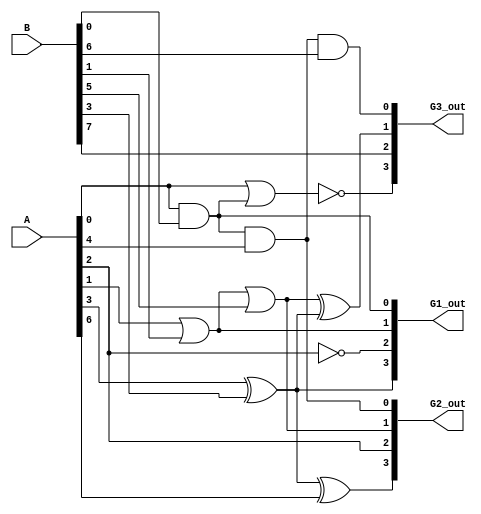
module overlapping_groups (
    input  wire [7:0]  A,  // Input vector
    input  wire [7:0]  B,  // Shared input vector
    output wire [3:0]  G1_out, // Output from Group 1
    output wire [3:0]  G2_out, // Output from Group 2
    output wire [3:0]  G3_out  // Output from Group 3
);

// Group 1 Logic: Simple AND and OR operations
wire [3:0] G1_input; 
assign G1_input[0] = A[0] & B[0];  // AND between A[0] and B[0]
assign G1_input[1] = A[1] | B[1];  // OR between A[1] and B[1]
assign G1_input[2] = ~A[2];         // NOT operation on A[2]
assign G1_input[3] = A[3] ^ B[3];  // XOR between A[3] and B[3]

assign G1_out = G1_input;

// Group 2 Logic: Logic operations using Group 1 output and additional inputs
wire [3:0] G2_input; 
assign G2_input[0] = G1_out[0] & A[4];  // AND between G1_out[0] and A[4]
assign G2_input[1] = G1_out[1] | B[5];  // OR between G1_out[1] and B[5]
assign G2_input[2] = ~G1_out[2];         // NOT operation on G1_out[2]
assign G2_input[3] = G1_out[3] ^ A[6];  // XOR between G1_out[3] and A[6]

assign G2_out = G2_input;

// Group 3 Logic: More complex interactions with overlapping inputs
wire [3:0] G3_input; 
assign G3_input[0] = G2_out[0] & B[6];  // AND between G2_out[0] and B[6]
assign G3_input[1] = G2_out[1] ^ G1_out[3]; // XOR between G2_out[1] and G1_out[3]
assign G3_input[2] = B[7];                // Direct pass
assign G3_input[3] = ~(A[0] | G1_out[0]); // NOR operation

assign G3_out = G3_input;

endmodule